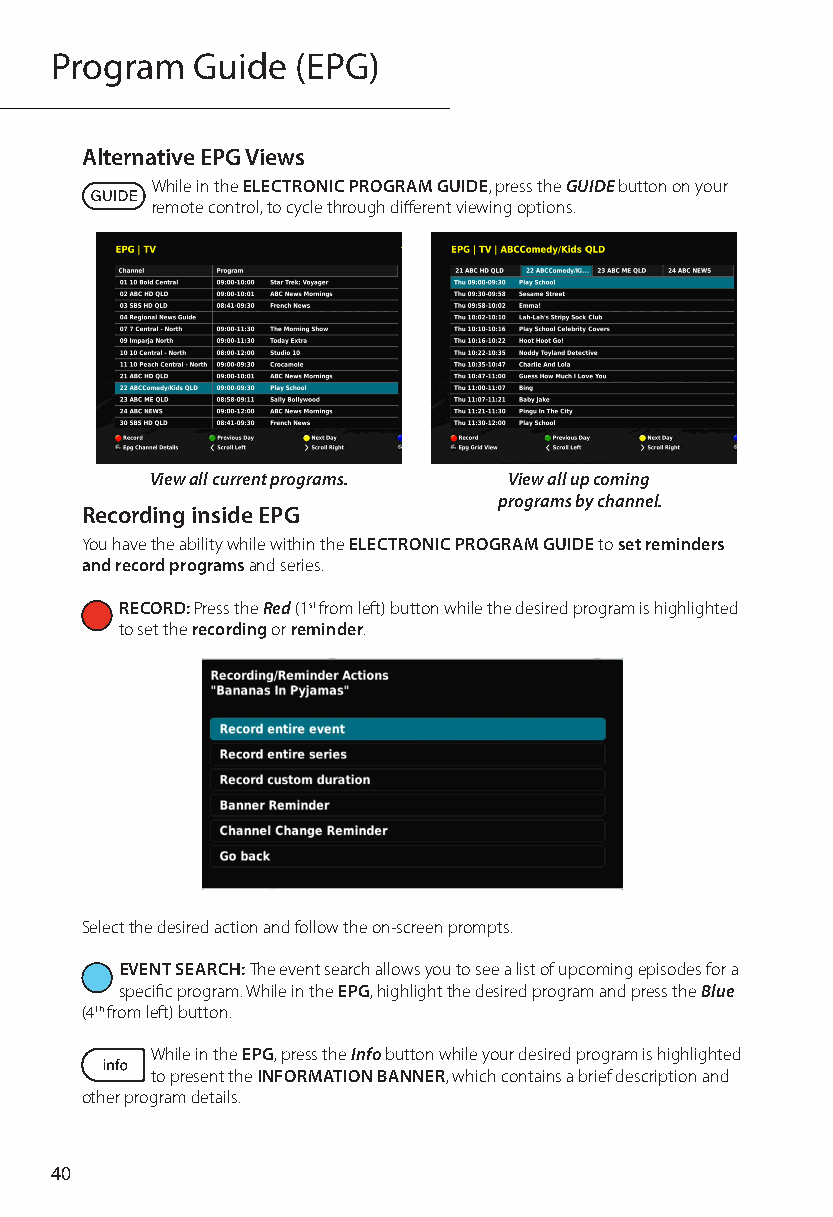
Program   Guide  (EPG)
 Alternative EPG Views
 While in the ELECTRONIC PROGRAM GUIDE, press the GUIDE button on your
 remote control, to cycle through different viewing options.
 View all current programs. View all up coming
 programs by channel.
 Recording inside EPG
 You have the ability while within the ELECTRONIC PROGRAM GUIDE to set reminders
 and record programs and series.
 RECORD: Press the Red (1st from left) button while the desired program is highlighted
 to set the recording or reminder.
 Select the desired action and follow the on-screen prompts.
 EVENT SEARCH: The event search allows you to see a list of upcoming episodes for a
 specific program. While in the EPG, highlight the desired program and press the Blue
 (4th from left) button.
 While in the EPG, press the Info button while your desired program is highlighted
 to present the INFORMATION BANNER, which contains a brief description and
 other program details.
 40